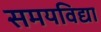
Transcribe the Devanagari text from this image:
समयविद्या